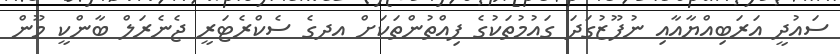
ސައުދީ އަރަބިއްޔާއާއި ނުފޫޒުގަދަ ގައުމުތަކުގެ ފިއްތުންތަކަށް އދގެ ސެކްރެޓަރީ ޖެނެރަލް ބާންކީ މޫން